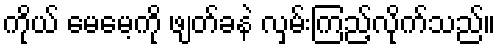
ကိုယ် မေမေ့ကို ဖျတ်ခနဲ လှမ်းကြည့်လိုက်သည်။